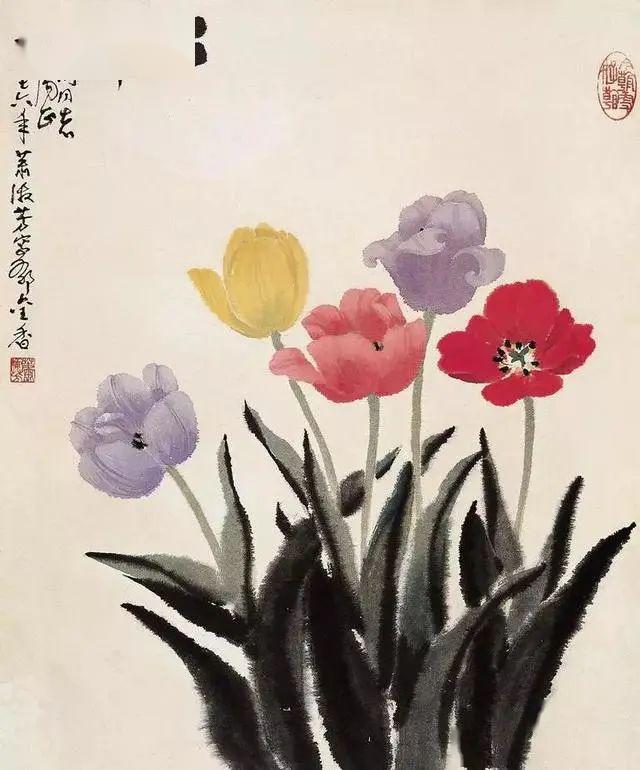
寒眼乱空阔，客意不胜秋。